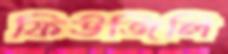
ফিউজিলি